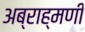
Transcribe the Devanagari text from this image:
अब्राह्मणी